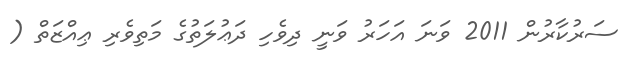
ސަރުކާރުން 2011 ވަނަ އަހަރު ވަނީ ދިވެހި ދަޢުލަތުގެ މަތިވެރި ޢިއްޒަތް (